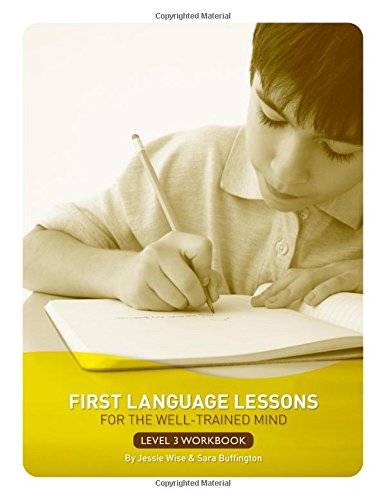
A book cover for First Language Lessons for the Well-Trained Mind: Level 3 Student Workbook (First Language Lessons); Jessie Wise; Test Preparation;